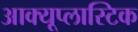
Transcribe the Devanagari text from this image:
आक्यूप्लास्टिक